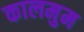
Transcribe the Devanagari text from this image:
कालमुम